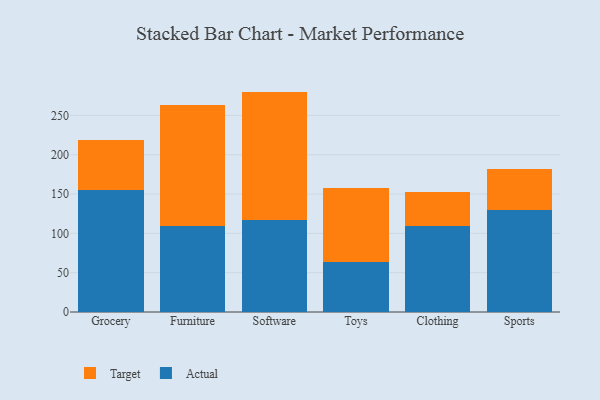
{"axis": {"x": "Category", "y": "Backlog"}, "legend": ["Actual", "Target"], "data": [{"x": "Grocery", "y": 154.6, "type": "Actual"}, {"x": "Grocery", "y": 63.7, "type": "Target"}, {"x": "Furniture", "y": 109.6, "type": "Actual"}, {"x": "Furniture", "y": 153.2, "type": "Target"}, {"x": "Software", "y": 117.4, "type": "Actual"}, {"x": "Software", "y": 162.9, "type": "Target"}, {"x": "Toys", "y": 64.0, "type": "Actual"}, {"x": "Toys", "y": 93.1, "type": "Target"}, {"x": "Clothing", "y": 109.8, "type": "Actual"}, {"x": "Clothing", "y": 43.0, "type": "Target"}, {"x": "Sports", "y": 129.4, "type": "Actual"}, {"x": "Sports", "y": 52.0, "type": "Target"}]}